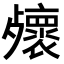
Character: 𣩻